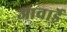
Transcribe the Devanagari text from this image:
आवार्डे